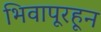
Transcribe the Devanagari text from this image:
भिवापूरहून